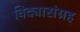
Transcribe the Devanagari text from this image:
विद्यासंग्रह